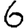
Digit: 6